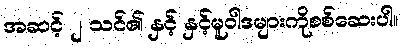
အဆင့် ၂ သင်၏ နှင့် နှင့်မူဝါဒများကိုစစ်ဆေးပါ။